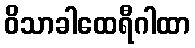
ဝိသာခါထေရီဂါထာ